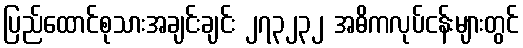
ပြည်ထောင်စုသားအချင်းချင်း ၂၇၃၂၃၂ အဓိကလုပ်ငန်းများတွင်